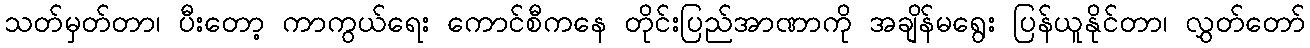
သတ်မှတ်တာ၊ ပီးတော့ ကာကွယ်ရေး ကောင်စီကနေ တိုင်းပြည်အာဏာကို အချိန်မရွေး ပြန်ယူနိုင်တာ၊ လွှတ်တော်